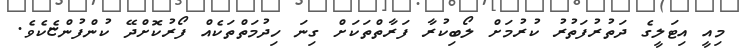
މިއީ އިޓަލީގެ ދަތުރުފަތުރު ކުރުމަށް ލޯބިކުރާ ފަރާތްތަކަށް ގިނަ ހިދުމަތްތަކެއް ފޯރުކޮށްދޭ ކުންފުންޏެކެވެ.